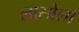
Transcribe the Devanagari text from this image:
लासोलो